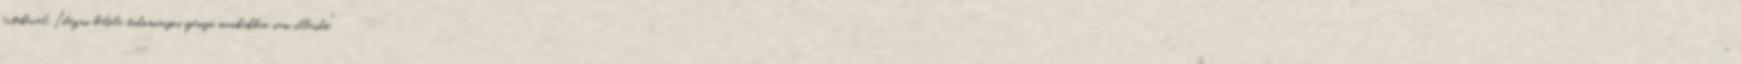
értékével. Idézni belőle tudományos igényű munkákban nem illendő." –